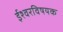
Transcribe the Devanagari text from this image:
ईश्वरविषयक